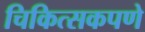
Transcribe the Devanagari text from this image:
चिकित्सकपणे